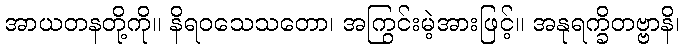
အာယတနတို့ကို။ နိရဝသေသတော၊ အကြွင်းမဲ့အားဖြင့်။ အနုရက္ခိတဗ္ဗာနိ၊